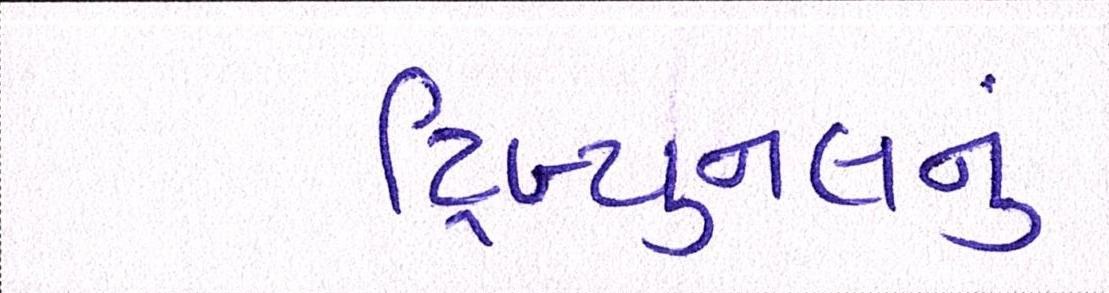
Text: ટ્રિબ્યુનલનું